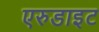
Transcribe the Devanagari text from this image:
एरुडाइट